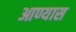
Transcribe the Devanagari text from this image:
आण्यास